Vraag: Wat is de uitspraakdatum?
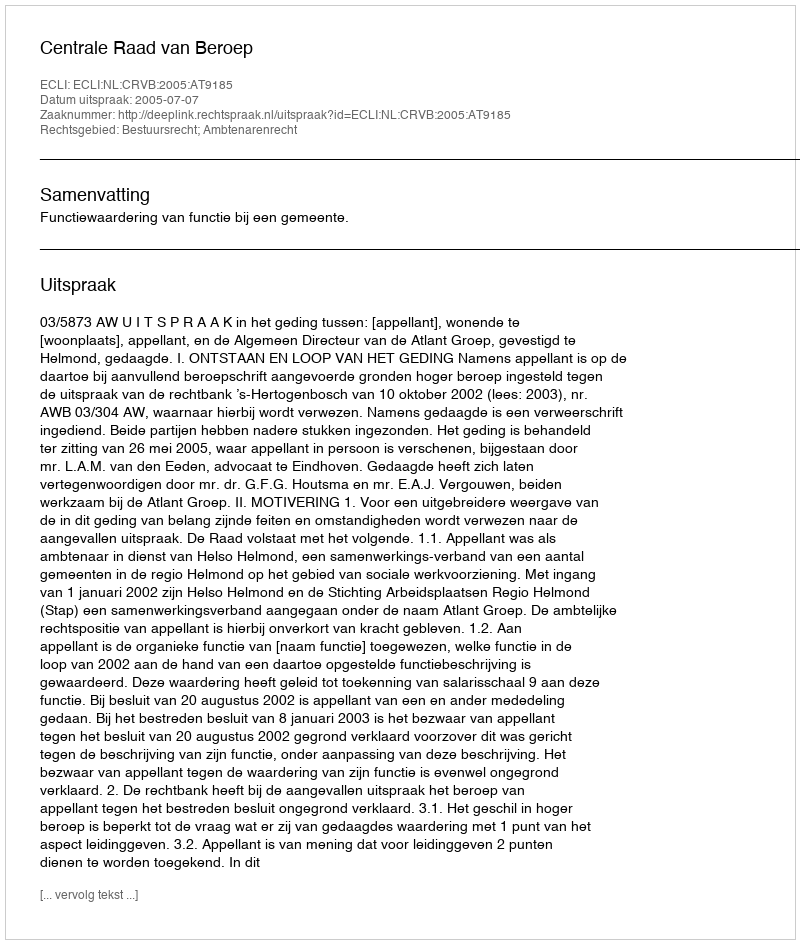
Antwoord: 2005-07-07